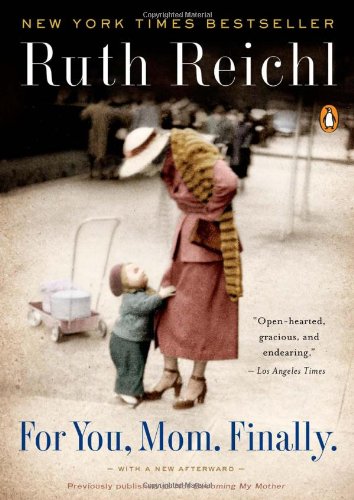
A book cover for For You Mom, Finally; Ruth Reichl; Biographies & Memoirs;